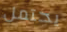
يحتمل